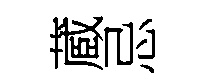
蔵忌